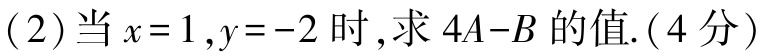
(2)当\(x = 1,y = - 2\)时,求\(4A - B\)的值.(4分)